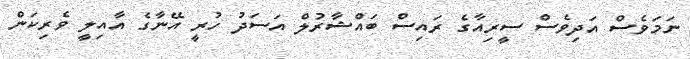
ނަމަވެސް އަދިވެސް ސީރިއާގެ ރައިސް ބައްޝާރުލް އަސަދު ހުރީ އޭނާގެ އާއިލީ ވެރިކަން